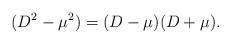
LaTeX: \begin{align*}(D^2-\mu^2) = (D-\mu)(D+\mu).\end{align*}